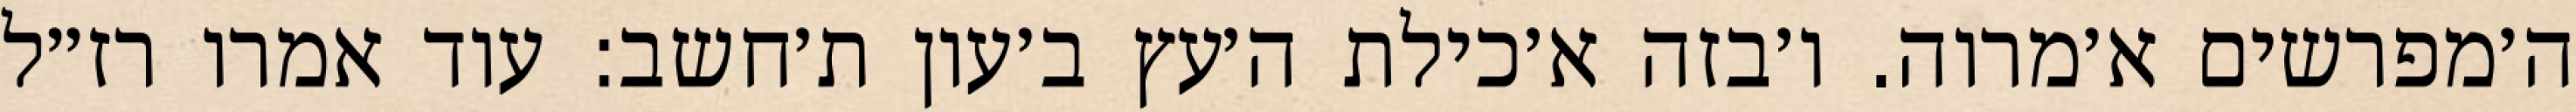
ה׳מפרשים א׳מרוה. ו׳בזה א׳כילת ה׳עץ ב׳עון ת׳חשב: עוד אמרו רז״ל